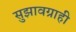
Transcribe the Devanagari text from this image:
सुझावग्राही